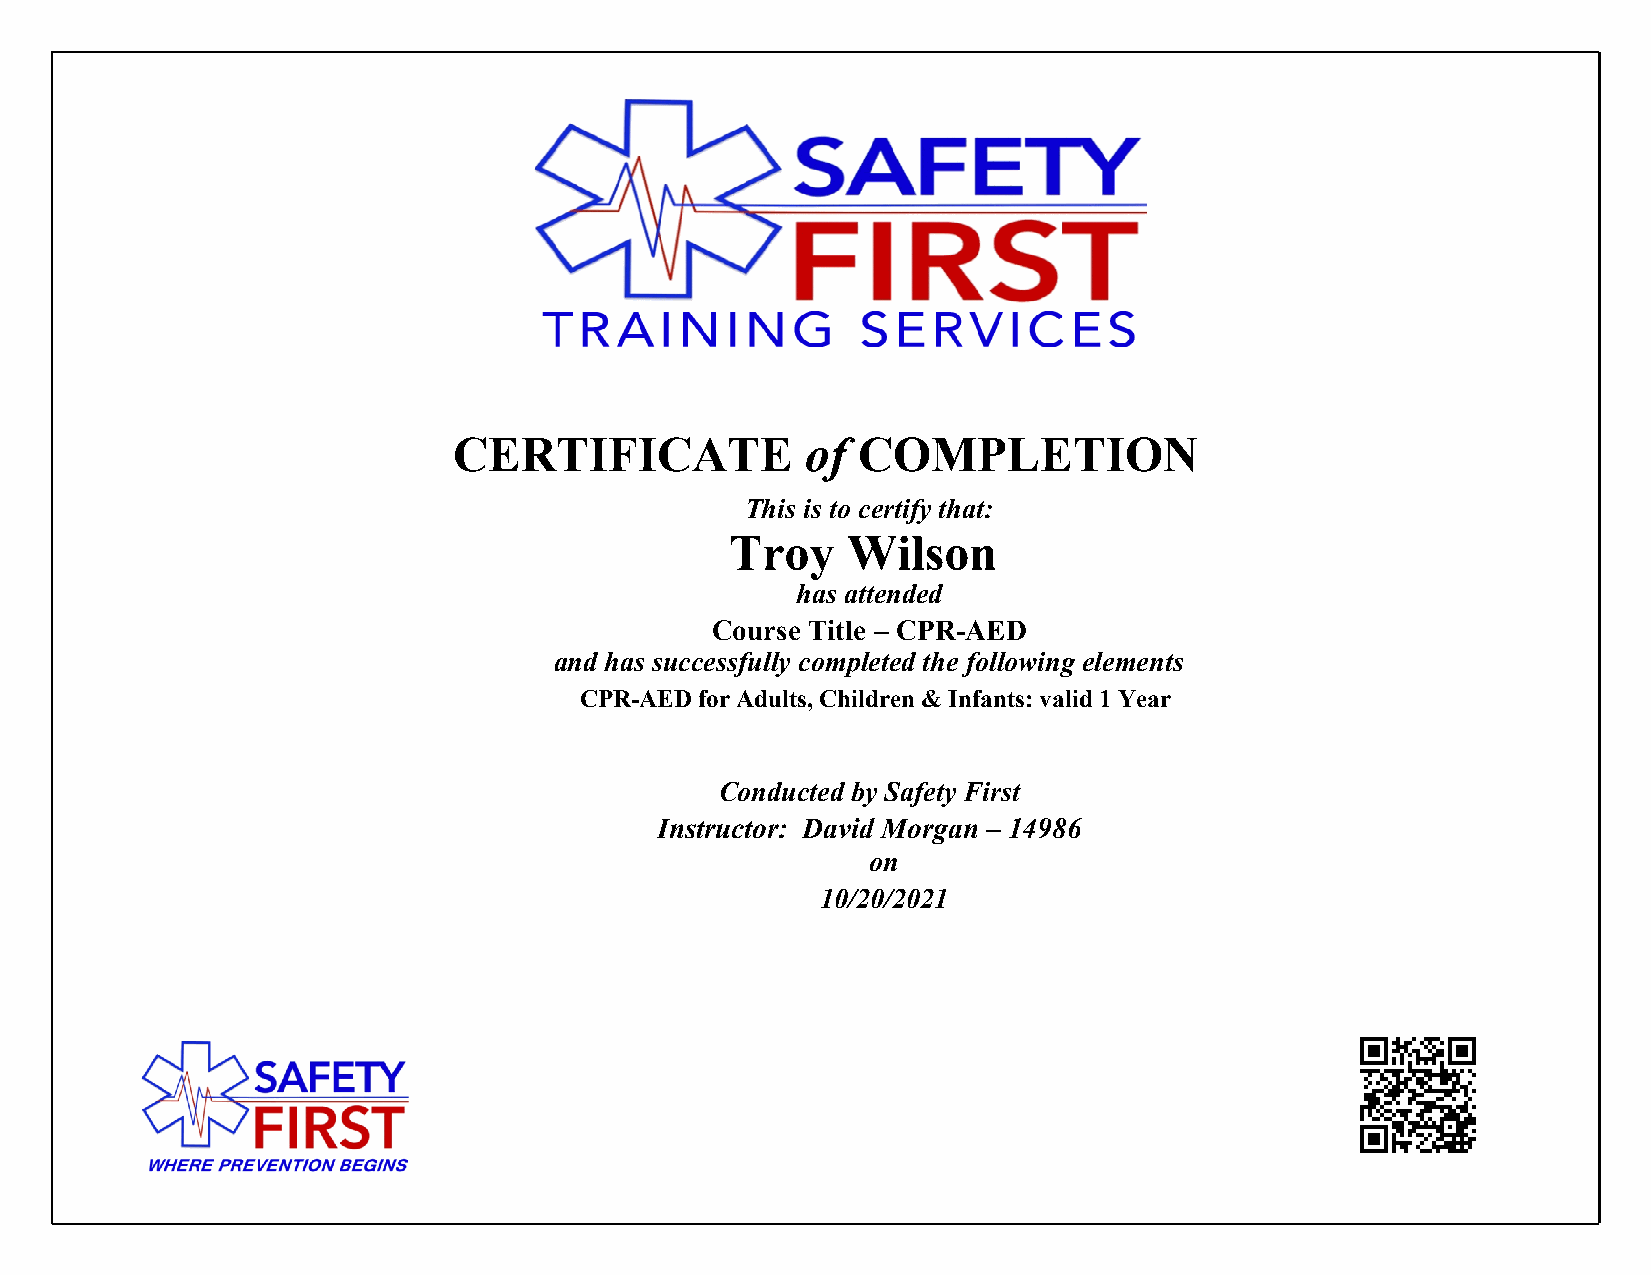
CERTIFICATE            of  COMPLETION
 This is to certify that:
 Troy    Wilson
 has attended
 Course Title – CPR-AED
 and has successfully completed the following elements
 CPR-AED for Adults, Children & Infants: valid 1 Year
 Conducted by Safety First
 Instructor: David Morgan – 14986
 on
 10/20/2021